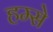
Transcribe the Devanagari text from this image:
हम्से